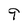
Character: 9